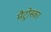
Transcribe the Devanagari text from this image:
मैट्रोस्का